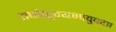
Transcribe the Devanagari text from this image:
तर्कशून्यभावुकता